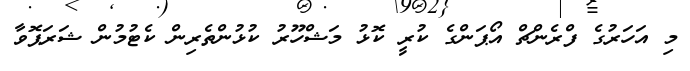
މި އަހަރުގެ ފްރެންޗް އޯޕަންގެ ކުރީ ކޮޅު މަޝްހޫރު ކުޅުންތެރިން ކެޓުމުން ޝަރަޕޮވާ